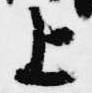
上